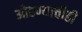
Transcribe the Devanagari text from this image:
ओढण्याचीही